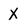
Character: X